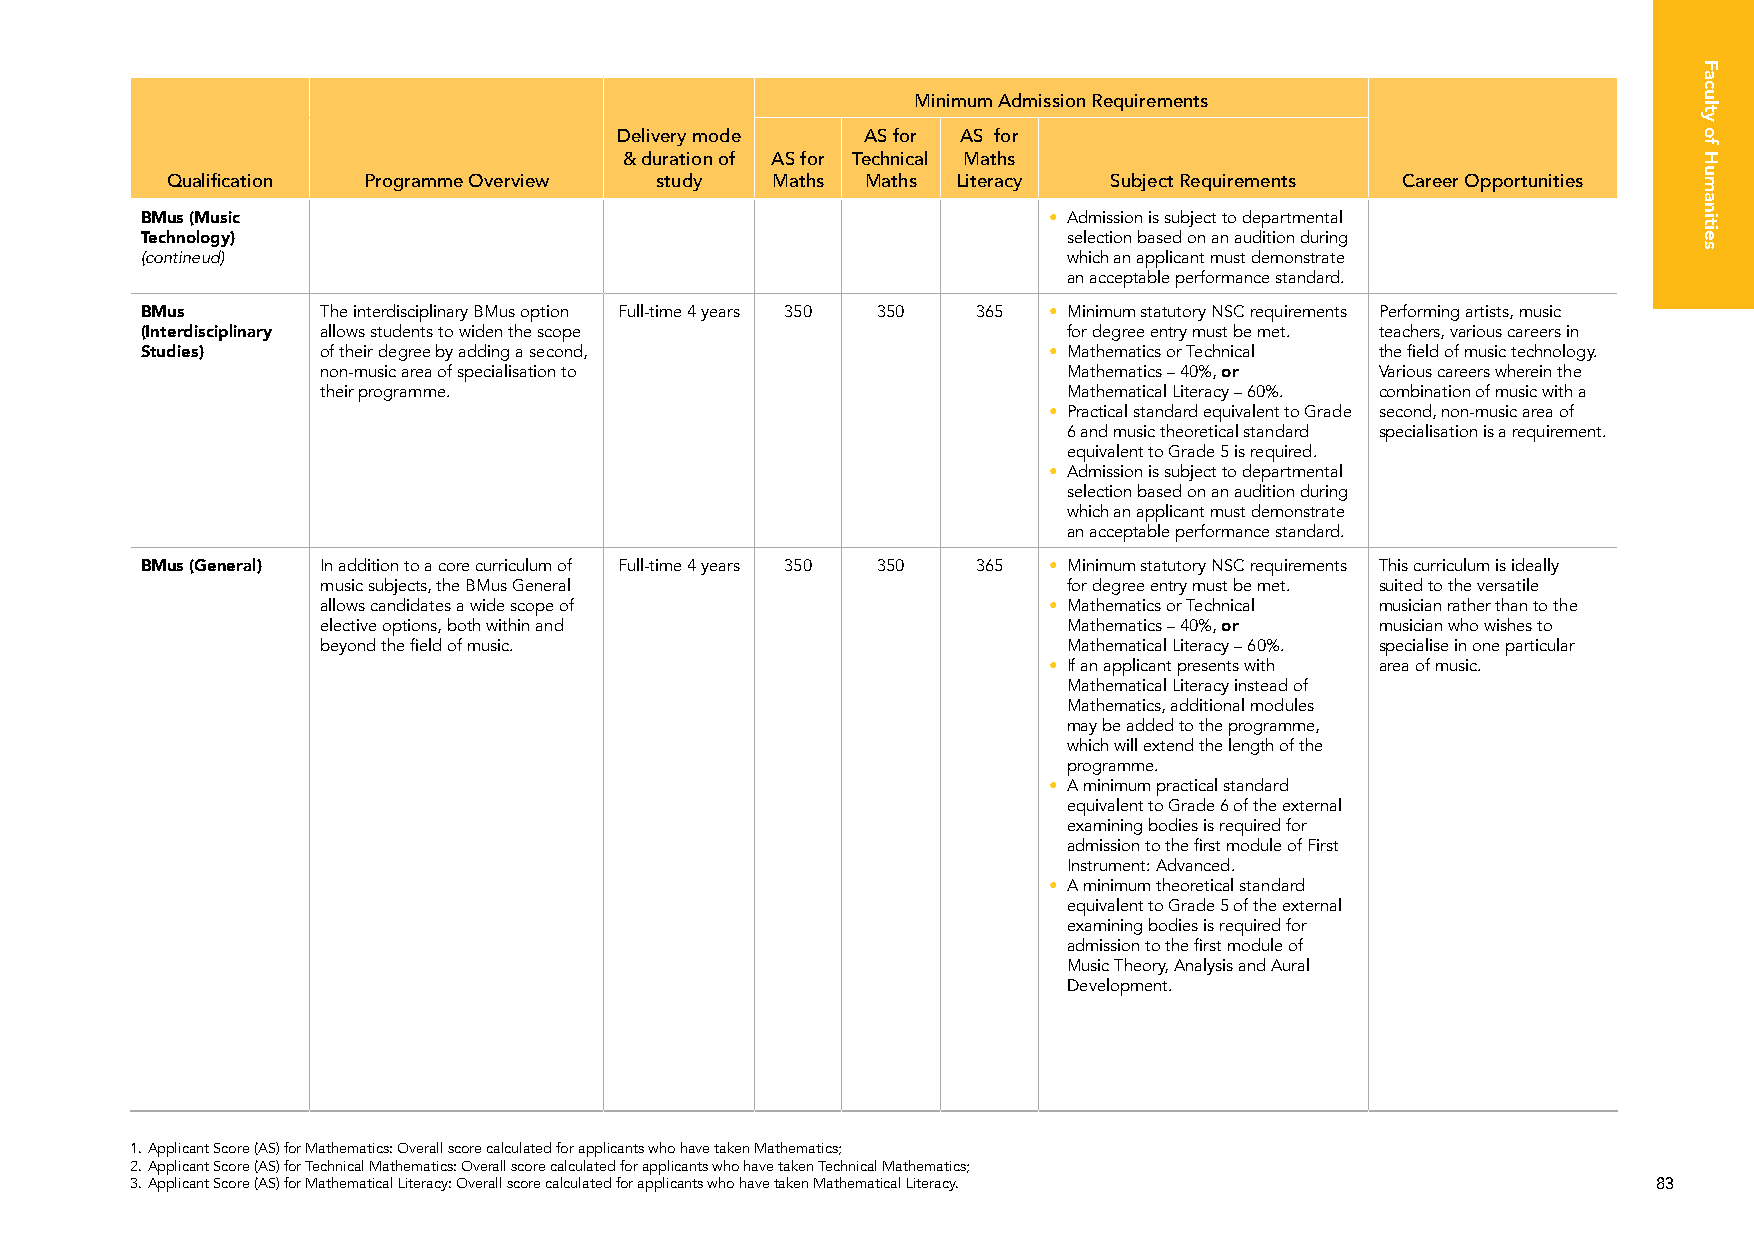
Minimum Admission Requirements
 Delivery mode   AS for AS for
 & duration of AS for Technical Maths
 Qualification Programme Overview study  Maths Maths Literacy   Subject Requirements Career Opportunities
 BMus (Music                                                 • Admission is subject to departmental
 Technology)                                                   selection based on an audition during
 (contineud)                                                   which an applicant must demonstrate
 an acceptable performance standard.
 BMus        The interdisciplinary BMus option Full-time 4 years 350 350 365 • Minimum statutory NSC requirements Performing artists, music
 (Interdisciplinary allows students to widen the scope         for degree entry must be met. teachers, various careers in
 Studies)    of their degree by adding a second,             • Mathematics or Technical the field of music technology.
 non-music area of specialisation to               Mathematics – 40%, or Various careers wherein the
 their programme.                                  Mathematical Literacy – 60%. combination of music with a
 • Practical standard equivalent to Grade second, non-music area of
 6 and music theoretical standard specialisation is a requirement.
 equivalent to Grade 5 is required.
 • Admission is subject to departmental
 selection based on an audition during
 which an applicant must demonstrate
 an acceptable performance standard.
 BMus (General) In addition to a core curriculum of Full-time 4 years 350 350 365 • Minimum statutory NSC requirements This curriculum is ideally
 music subjects, the BMus General                  for degree entry must be met. suited to the versatile
 allows candidates a wide scope of               • Mathematics or Technical musician rather than to the
 elective options, both within and                 Mathematics – 40%, or musician who wishes to
 beyond the field of music.                        Mathematical Literacy – 60%. specialise in one particular
 • If an applicant presents with area of music.
 Mathematical Literacy instead of
 Mathematics, additional modules
 may be added to the programme,
 which will extend the length of the
 programme.
 • A minimum practical standard
 equivalent to Grade 6 of the external
 examining bodies is required for
 admission to the first module of First
 Instrument: Advanced.
 • A minimum theoretical standard
 equivalent to Grade 5 of the external
 examining bodies is required for
 admission to the first module of
 Music Theory, Analysis and Aural
 Development.
 1. Applicant Score (AS) for Mathematics: Overall score calculated for applicants who have taken Mathematics;
 2. Applicant Score (AS) for Technical Mathematics: Overall score calculated for applicants who have taken Technical Mathematics;
 3. Applicant Score (AS) for Mathematical Literacy: Overall score calculated for applicants who have taken Mathematical Literacy. 83
 Faculty
 of
 Humanities